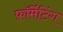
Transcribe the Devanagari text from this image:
फ़ॉर्मेटिंग